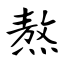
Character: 熬